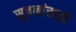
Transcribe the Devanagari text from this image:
सूचनांसाठी